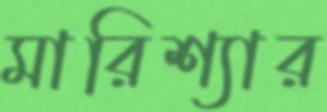
মারিশ্যার